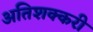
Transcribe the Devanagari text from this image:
अतिशक्करी